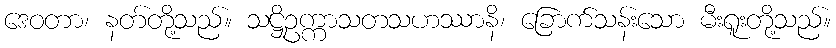
ဒေဝတာ၊ နတ်တို့သည်။ သဋ္ဌိဥက္ကာသတသဟဿာနိ၊ ခြောက်သန်းသော မီးရူးတို့သည်။